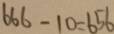
6 6 6 - 1 0 = 6 5 6